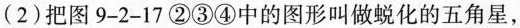
(2)把图9-2-17②③④中的图形叫做蜕化的五角星，